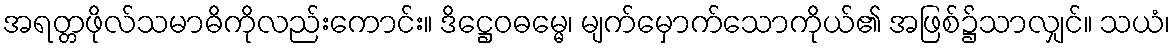
အရတ္တဖိုလ်သမာဓိကိုလည်းကောင်း။ ဒိဋ္ဌေဝဓမ္မေ၊ မျက်မှောက်သောကိုယ်၏ အဖြစ်၌သာလျှင်။ သယံ၊